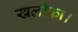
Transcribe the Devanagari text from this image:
खलीफा।